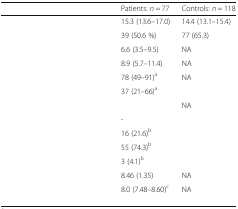
<table><thead><tr><td>[EMPTY_CELL]</td><td><b>Patients: <i>n</i> = 77</b></td><td><b>Controls: <i>n</i> = 118</b></td></tr></thead><tbody><tr><td>[EMPTY_CELL]</td><td>15.3 (13.6–17.0)</td><td>14.4 (13.1–15.4)</td></tr><tr><td>[EMPTY_CELL]</td><td>39 (50.6 %)</td><td>77 (65.3)</td></tr><tr><td>[EMPTY_CELL]</td><td>6.6 (3.5–9.5)</td><td>NA</td></tr><tr><td>[EMPTY_CELL]</td><td>8.9 (5.7–11.4)</td><td>NA</td></tr><tr><td>[EMPTY_CELL]</td><td>78 (49–91)<sup>a</sup></td><td>NA</td></tr><tr><td>[EMPTY_CELL]</td><td>37 (21–66)<sup>a</sup></td><td>[EMPTY_CELL]</td></tr><tr><td>[EMPTY_CELL]</td><td>[EMPTY_CELL]</td><td>NA</td></tr><tr><td>[EMPTY_CELL]</td><td>-</td><td rowspan="4">[EMPTY_CELL]</td></tr><tr><td>[EMPTY_CELL]</td><td>16 (21.6)<sup>b</sup></td></tr><tr><td>[EMPTY_CELL]</td><td>55 (74.3)<sup>b</sup></td></tr><tr><td>[EMPTY_CELL]</td><td>3 (4.1)<sup>b</sup></td></tr><tr><td>[EMPTY_CELL]</td><td>8.46 (1.35)</td><td>NA</td></tr><tr><td>[EMPTY_CELL]</td><td>8.0 (7.48–8.60)<sup>c</sup></td><td>NA</td></tr></tbody></table>